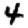
Digit: 4